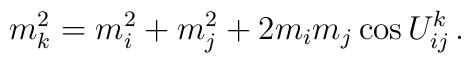
m_k^2=m_i^2+m_j^2+2m_im_j\cos U^k_{ij}\,.